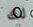
لك